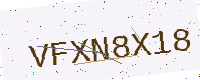
Text: VFXN8X18